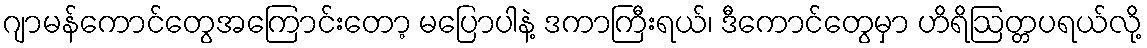
ဂျာမန်ကောင်တွေအကြောင်းတော့ မပြောပါနဲ့ ဒကာကြီးရယ်၊ ဒီကောင်တွေမှာ ဟိရိဩတ္တပရယ်လို့